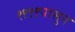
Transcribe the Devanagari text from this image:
१९९९पासुन